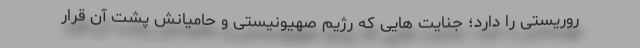
روریستی را دارد؛ جنایت هایی که رژیم صهیونیستی و حامیانش پشت آن قرار